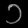
Digit: ၁